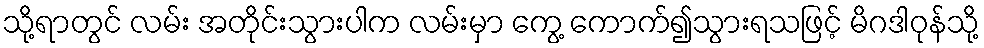
သို့ရာတွင် လမ်း အတိုင်းသွားပါက လမ်းမှာ ကွေ့ ကောက်၍သွားရသဖြင့် မိဂဒါဝုန်သို့